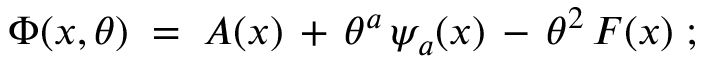
\Phi ( x , \theta ) \; = \; A ( x ) \, + \, \theta ^ { a } \, \psi _ { a } ( x ) \, - \, \theta ^ { 2 } \, F ( x ) \; ;